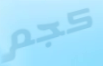
كجم